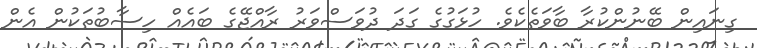
ގިނައިން ބޭނުންކުރާ ބާވަތެކެވެ. ހުޅަގުގެ ގަދަ ދުވަސްވަރު ރާއްޖޭގެ ބައެއް ހިސާބުތަކުން އެން